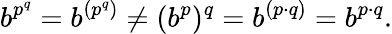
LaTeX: b^{p^{q}}=b^{(p^{q})}\neq(b^{p})^{q}=b^{(p\cdot q)}=b^{p\cdot q}.